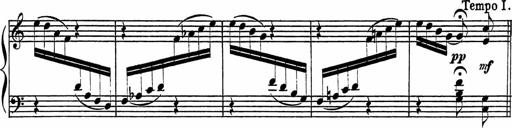
Title: Piano Sonatinas
Composer: Charles Fradel